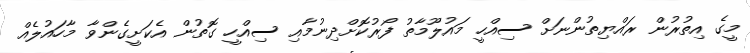
މީގެ އިތުރުން ރައްޔިތުންނަށް ސިއްހީ މައުލޫމާތު ފޯރުކޮށްދިނުމާއި ސިއްހީ ގޮތުން އެކަށީގެންވާ މާހައުލެއް